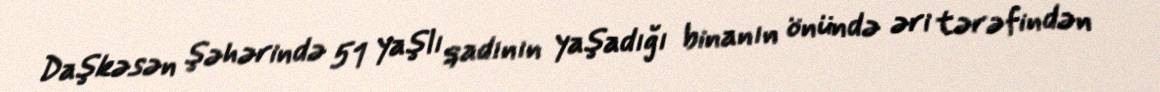
Daşkəsən şəhərində 51 yaşlı qadının yaşadığı binanın önündə əri tərəfindən